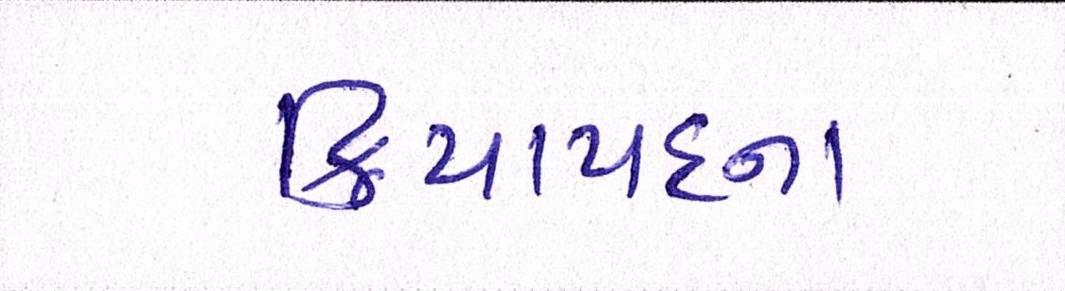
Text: ક્રિયાપદના